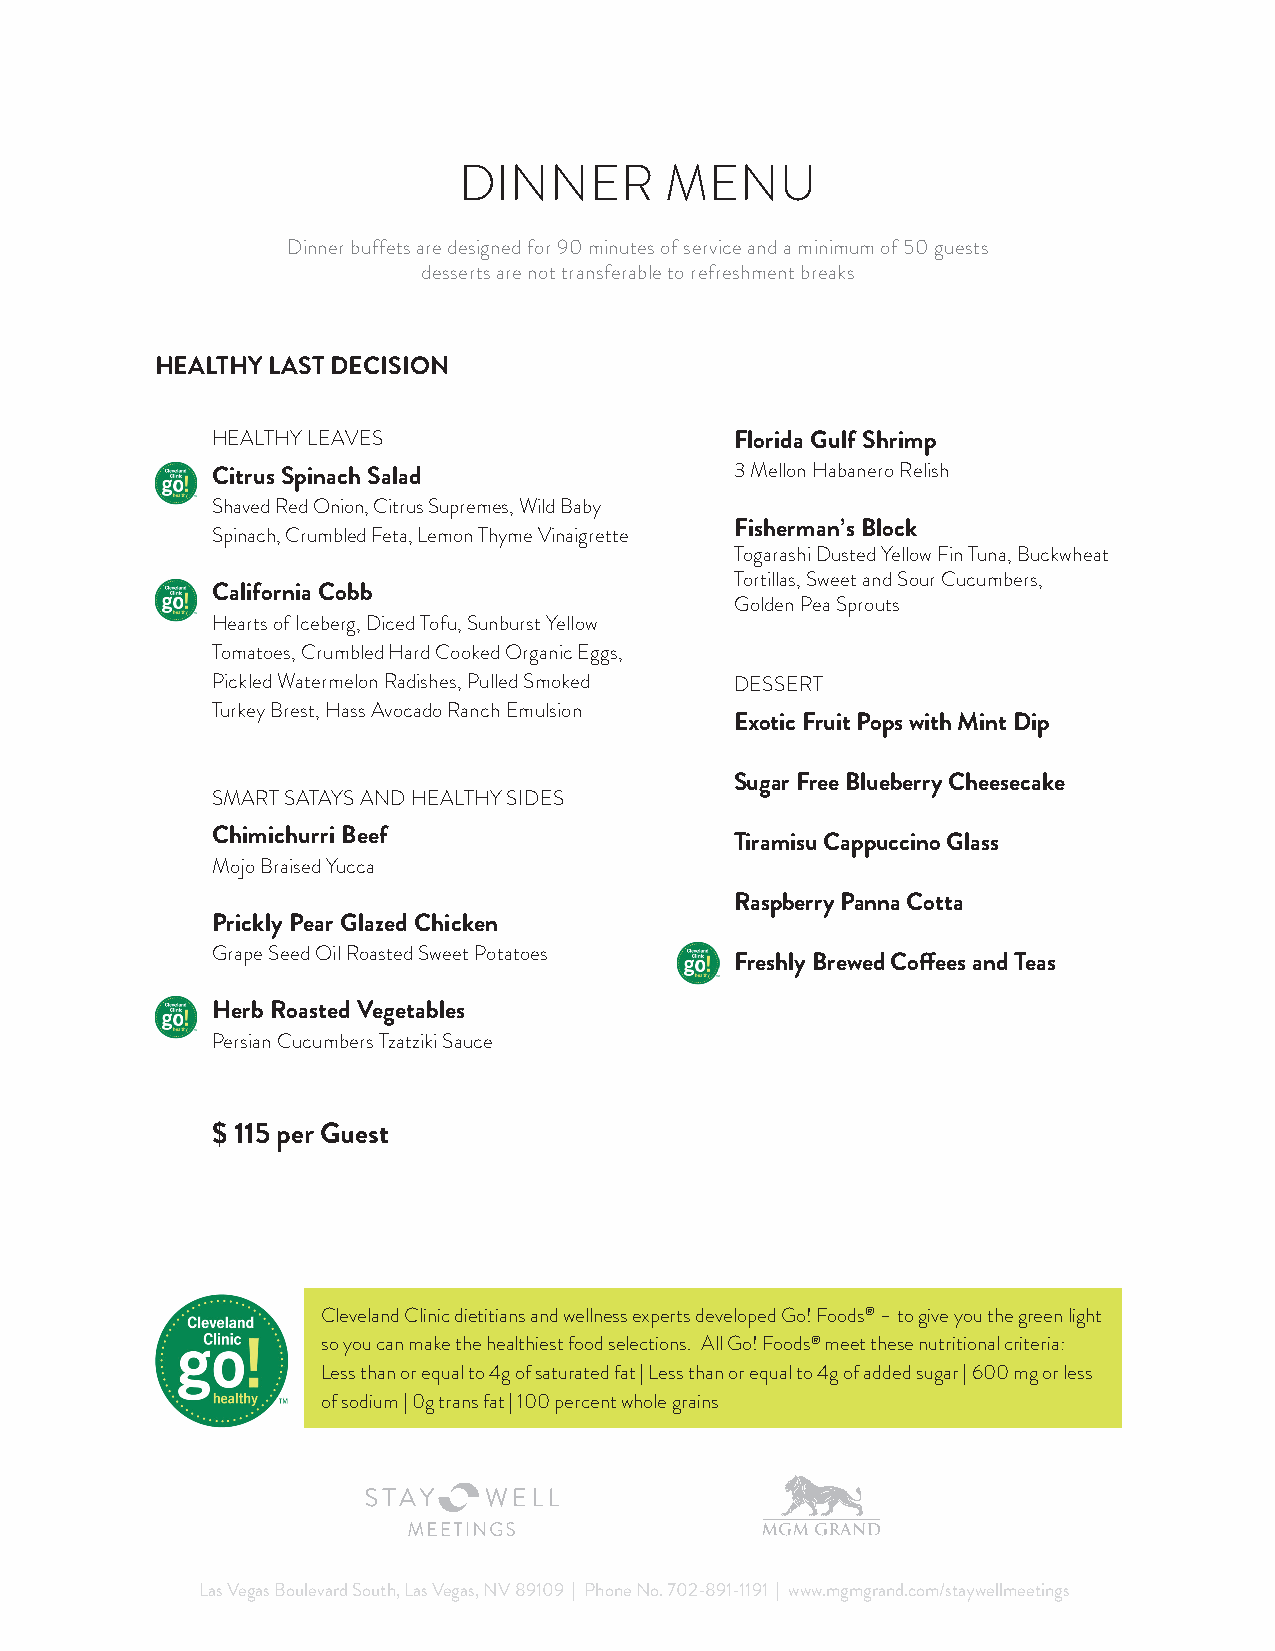
DINNER        MENU
 Dinner buffets are designed for 90 minutes of service and a minimum of 50 guests
 desserts are not transferable to refreshment breaks
 HEALTHY LAST DECISION
 HEALTHY LEAVES                     Florida Gulf Shrimp
 Citrus Spinach Salad               3 Mellon Habanero Relish
 Shaved Red Onion, Citrus Supremes, Wild Baby
 Fisherman’s Block
 Spinach, Crumbled Feta, Lemon Thyme Vinaigrette
 Togarashi Dusted Yellow Fin Tuna, Buckwheat
 Tortillas, Sweet and Sour Cucumbers,
 California Cobb
 Golden Pea Sprouts
 Hearts of Iceberg, Diced Tofu, Sunburst Yellow
 Tomatoes, Crumbled Hard Cooked Organic Eggs,
 Pickled Watermelon Radishes, Pulled Smoked DESSERT
 Turkey Brest, Hass Avocado Ranch Emulsion
 Exotic Fruit Pops with Mint Dip
 Sugar Free Blueberry Cheesecake
 SMART SATAYS AND HEALTHY SIDES
 Chimichurri Beef
 Tiramisu Cappuccino Glass
 Mojo Braised Yucca
 Raspberry Panna Cotta
 Prickly Pear Glazed Chicken
 Grape Seed Oil Roasted Sweet Potatoes
 Freshly Brewed Coff ees and Teas
 Herb Roasted Vegetables
 Persian Cucumbers Tzatziki Sauce
 $ 115 per Guest
 Cleveland Clinic dietitians and wellness experts developed Go! Foods® – to give you the green light
 so you can make the healthiest food selections. All Go! Foods® meet these nutritional criteria:
 Less than or equal to 4g of saturated fat | Less than or equal to 4g of added sugar | 600 mg or less
 of sodium | 0g trans fat | 100 percent whole grains
 Las Vegas Boulevard South, Las Vegas, NV 89109 | Phone No. 702-891-1191 | www.mgmgrand.com/staywellmeetings